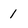
Character: 1